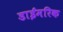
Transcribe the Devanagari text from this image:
डाईमरिक